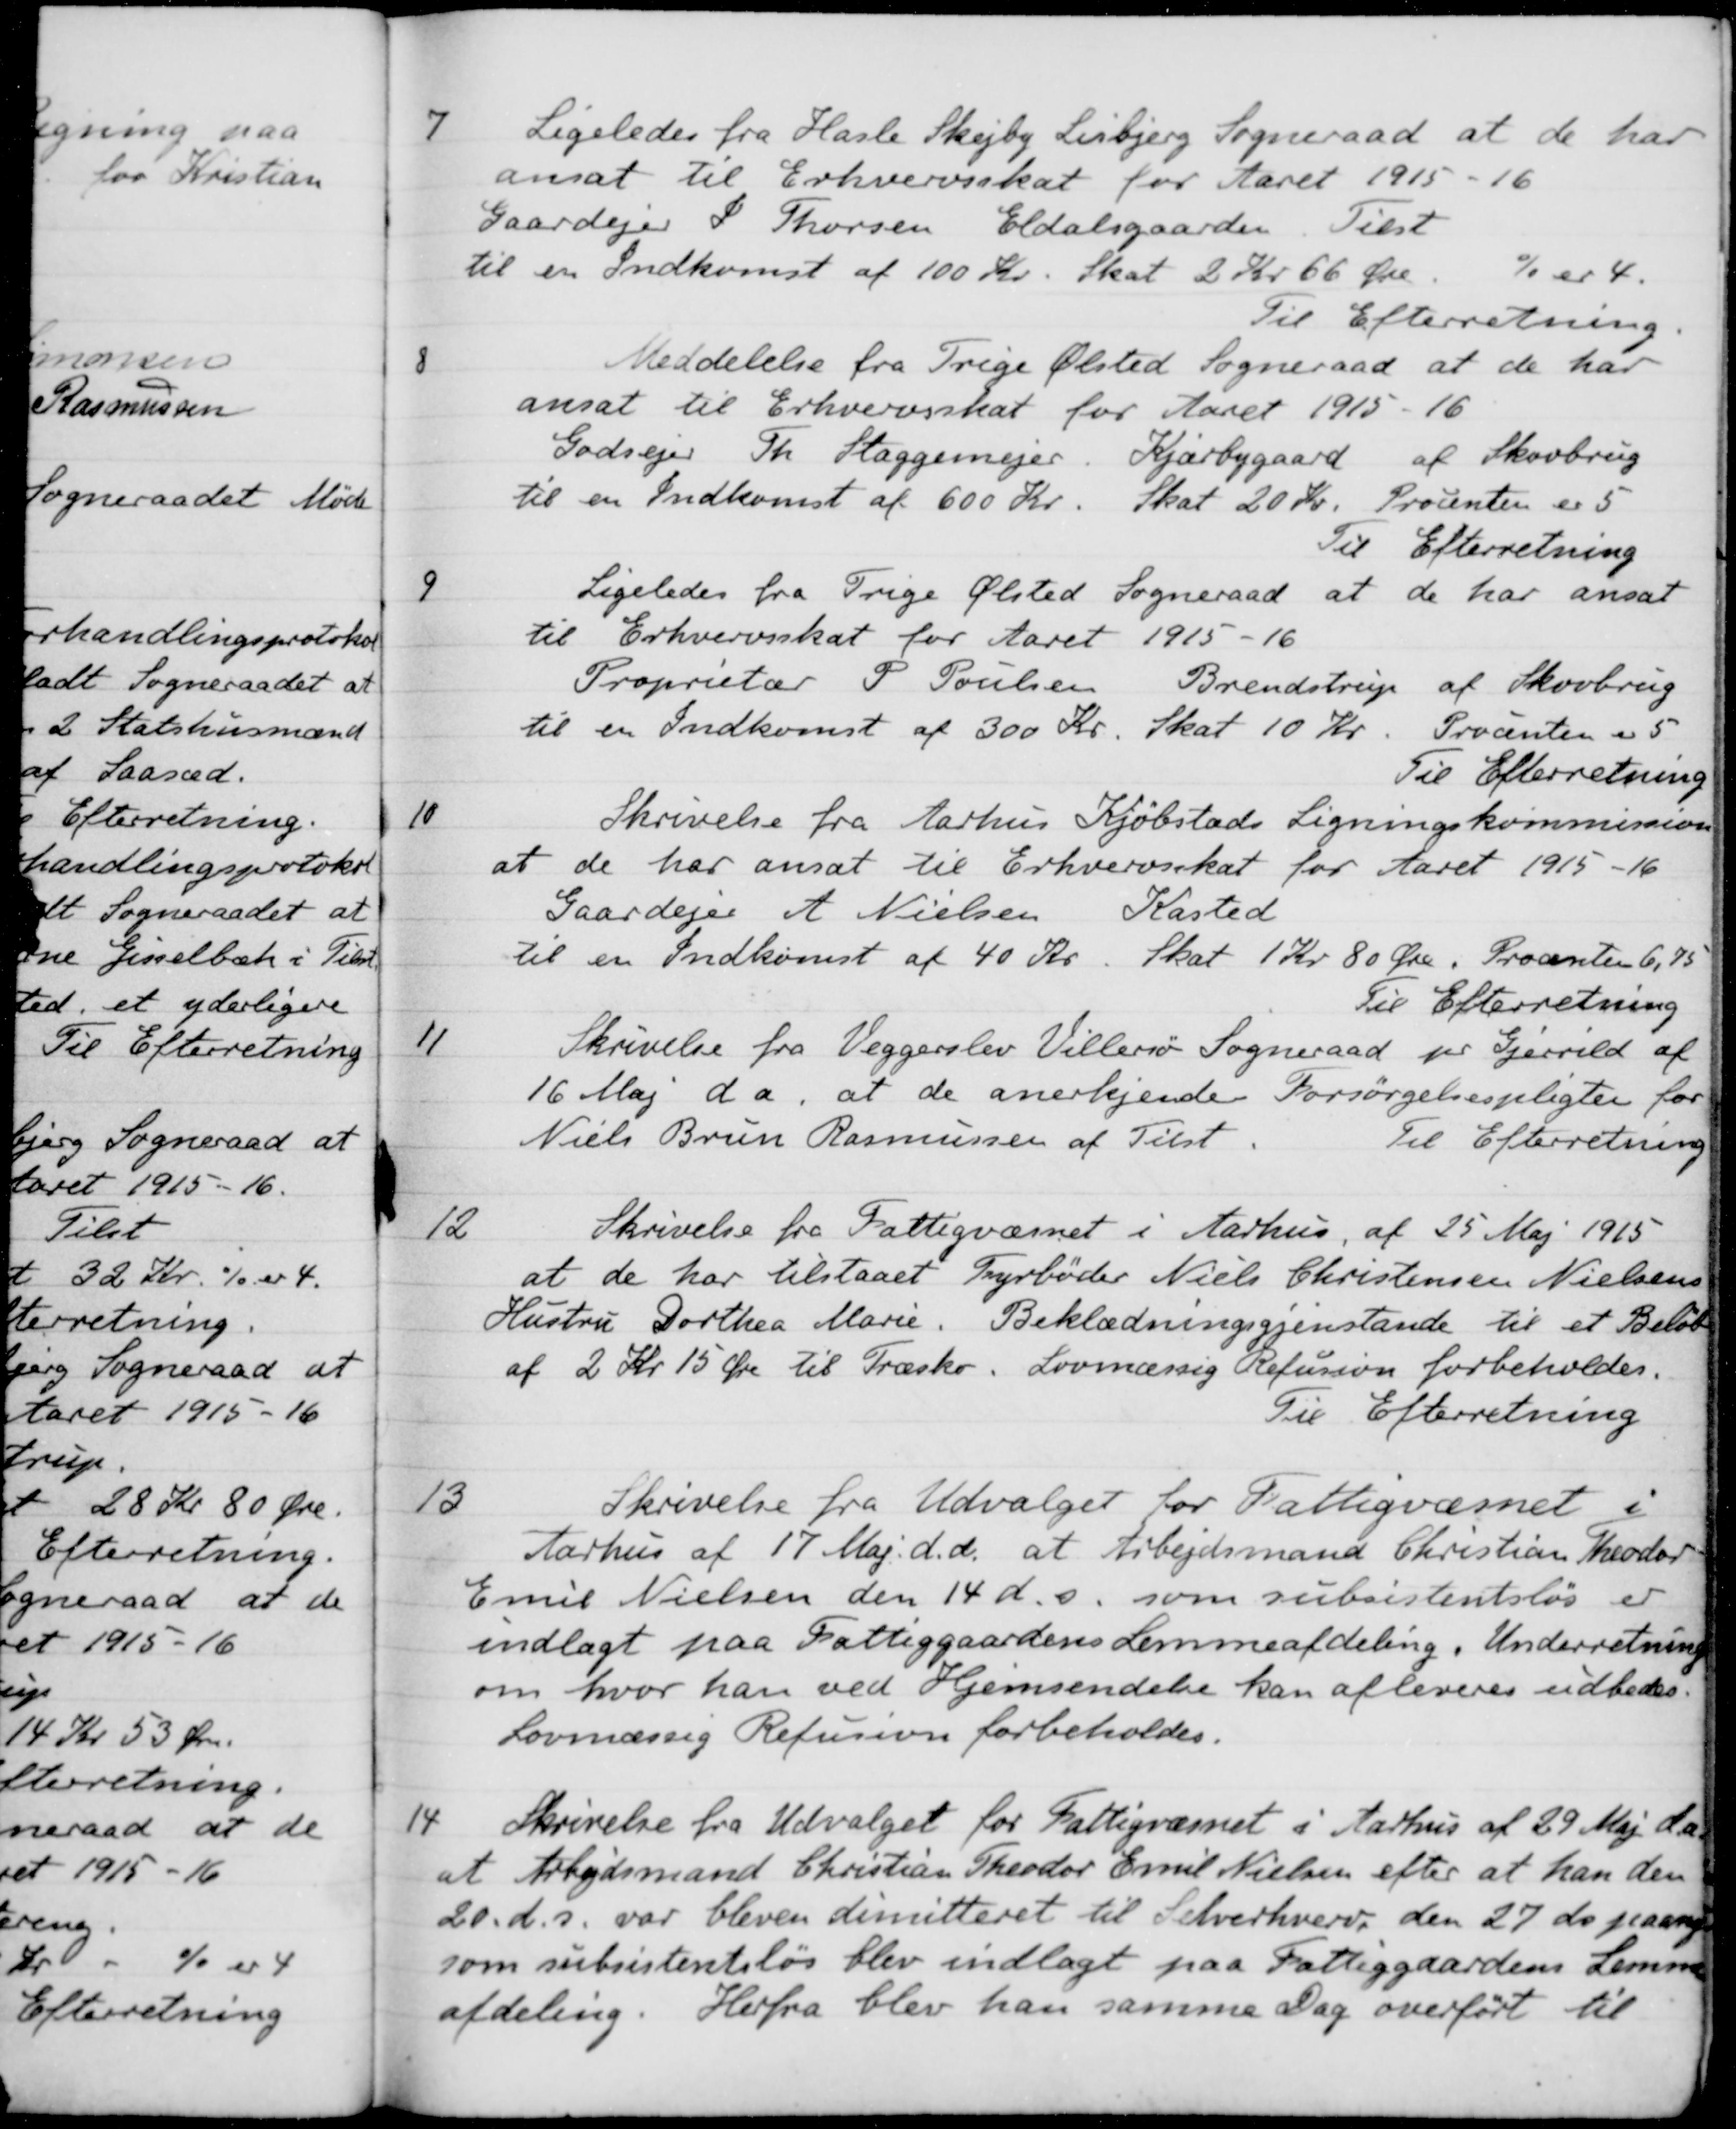
Transskription:
7
Ligeledes fra Hasle Skejby Lisbjerg Sogneraad at de har 
ansat til Erhvervsskat for Aaret 1915 - 16
Gaardejer S. Thorsen Eldalsgaarden. Tilst
til en Indkomst af 100 Kr. Skat 2 Kr 66 Øre
% er 4.
Til Efterretning.
8
Meddelelse fra Trige Ølsted Sogneraad at de har
ansat til Erhvervsskat for Aaret 1915 - 16
Godsejer Th. Staggemejer. Kjærbygaard af Skovbrug
til en Indkomst af 600 Kr. Skat 20 Kr. Procenten er 5
Til Efterretning
9
Ligeledes fra Trige Ølsted Sogneraad at de har ansat
til Erhvervsskat for Aaret 1915-16
Proprietær P. Poulsen Brendstrup af Skovbrug
til en Indkomst af 300 Kr. Skat 10 Kr. Procenten er 5
Til Efterretning
10
Skrivelse fra Aarhus Kjøbstads Ligningskommission
at de har ansat til Erhvervsskat for Aaret 1915-16
Gaardejer A Nielsen Kasted
til en Indkomst af 40 Kr. Skat 1 Kr 80 Øre. Procenten 6,75
Til Efterretning
1
Skrivelse fra Veggerslev Villersø Sogneraad per Gjerrild af
16 Maj da, at de anerkjende Forsørgelsespligter for
Niels Brun Rasmussen af Tilst
Til Efterretning
12
Skrivelse fra Fattigvæsnet i Aarhus af 25 Maj 1915
at de har tilstaaet Fyrbøder Niels Christensen Nielsens
Hustru Dorthea Marie. Beklædningsgjenstande til et Beløb
af 2 Kr 15 Øre til Træsko. Lovmæssig Refusion forbeholdes.
Til Efterretning
13
Skrivelse fra Udvalget for Fattigvæsnet i
Aarhus af 17 Maj d. d. at Arbejdsmand Christian Theodor
Emil Nielsen den 14 d. A. som subsistentsløs er
indlagt paa Fattiggaardens Lemmeafdeling. Underretning
om hvor han ved Hjemsendelse kan afleveres udbedes.
Lovmæssig Refusion forbeholdes.
14
Skrivelse fra Udvalget for Fattigvæsnet i Aarhus af 29 Maj d. a
at Arbejdsmand Christian Theodor Emil Nielsen efter at han den
20. d. s. var bleven dimitteret til Selverhverv den 27 ds paany
som subsistentsløs blev indlagt paa Fattiggaardens Lemme
afdeling. Herfra blev han samme Dag overført til